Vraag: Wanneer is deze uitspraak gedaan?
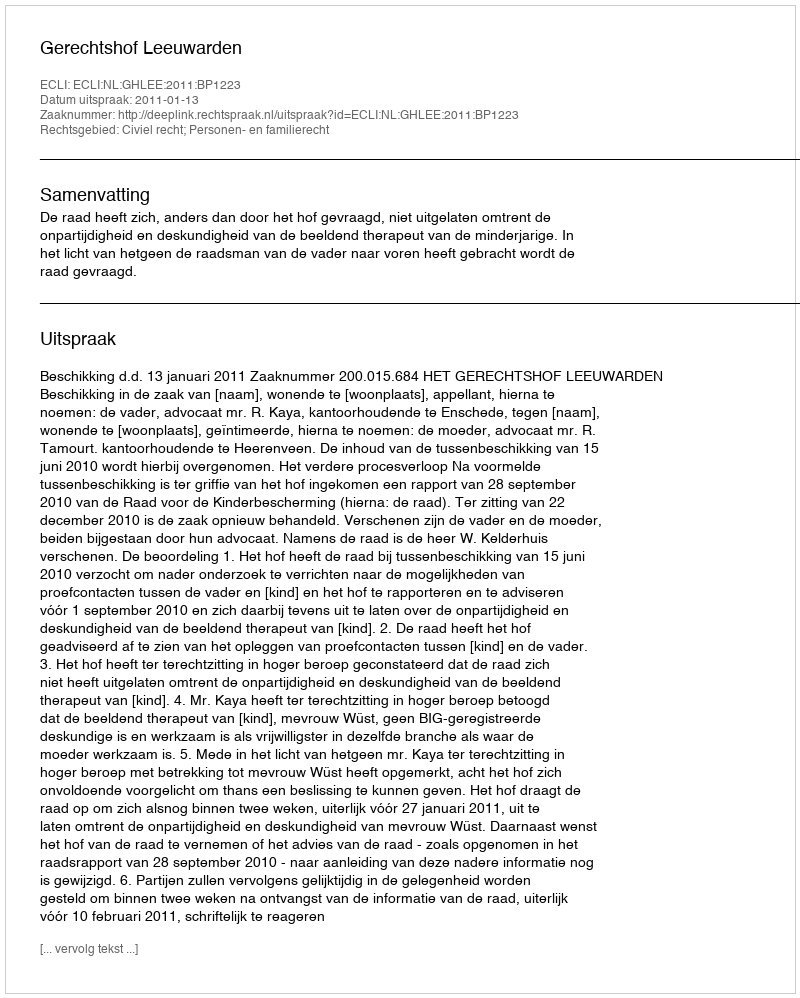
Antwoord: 2011-01-13